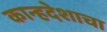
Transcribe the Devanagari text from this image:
कान्हदेशाचा